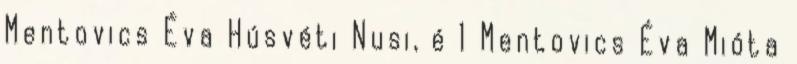
Mentovics Éva Húsvéti Nusi, é 1 Mentovics Éva Mióta